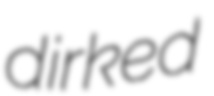
dirked